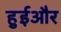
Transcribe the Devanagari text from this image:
हुईऔर